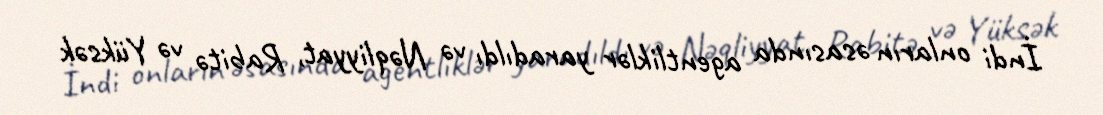
İndi onların əsasında agentliklər yaradıldı və Nəqliyyat, Rabitə və Yüksək